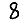
Digit: 8